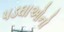
પડઘાઓનો